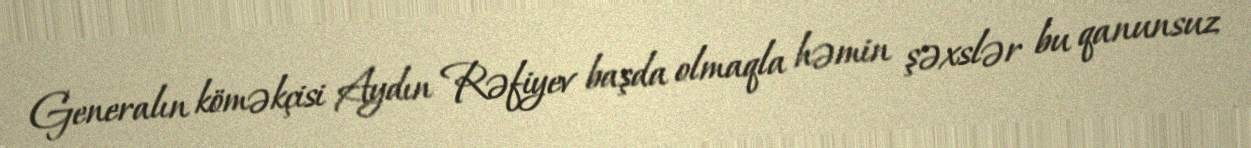
Generalın köməkçisi Aydın Rəfiyev başda olmaqla həmin şəxslər bu qanunsuz